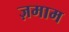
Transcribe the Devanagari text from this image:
ज़माम